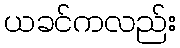
ယခင်ကလည်း